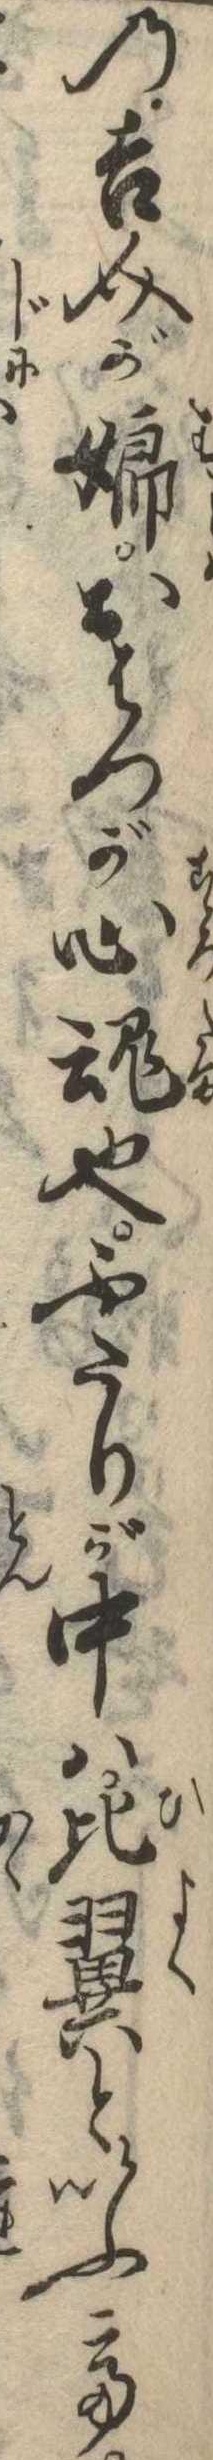
の吉介が娘おはつが心魂也ふたりが中は比翼といふて